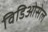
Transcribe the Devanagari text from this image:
विडिओसेल